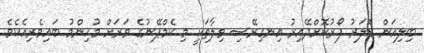
ބިލިއަން ޑޮލަރު ފޯރުކޮށްދޭއިރު އިނގިރޭސި ވިލާތަކީ މި ކެމްޕޭނުގެ ވަރަށް މުހިންމު ބައިވެރިއެކެވެ.